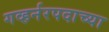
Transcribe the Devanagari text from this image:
गव्हर्नरपदाच्या